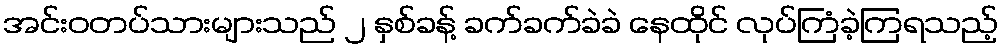
အင်းဝတပ်သားများသည် ၂ နှစ်ခန့် ခက်ခက်ခဲခဲ နေထိုင် လုပ်ကြံခဲ့ကြရသည့်